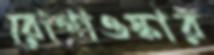
রোগাওস্কার